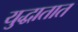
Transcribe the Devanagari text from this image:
युद्धातात